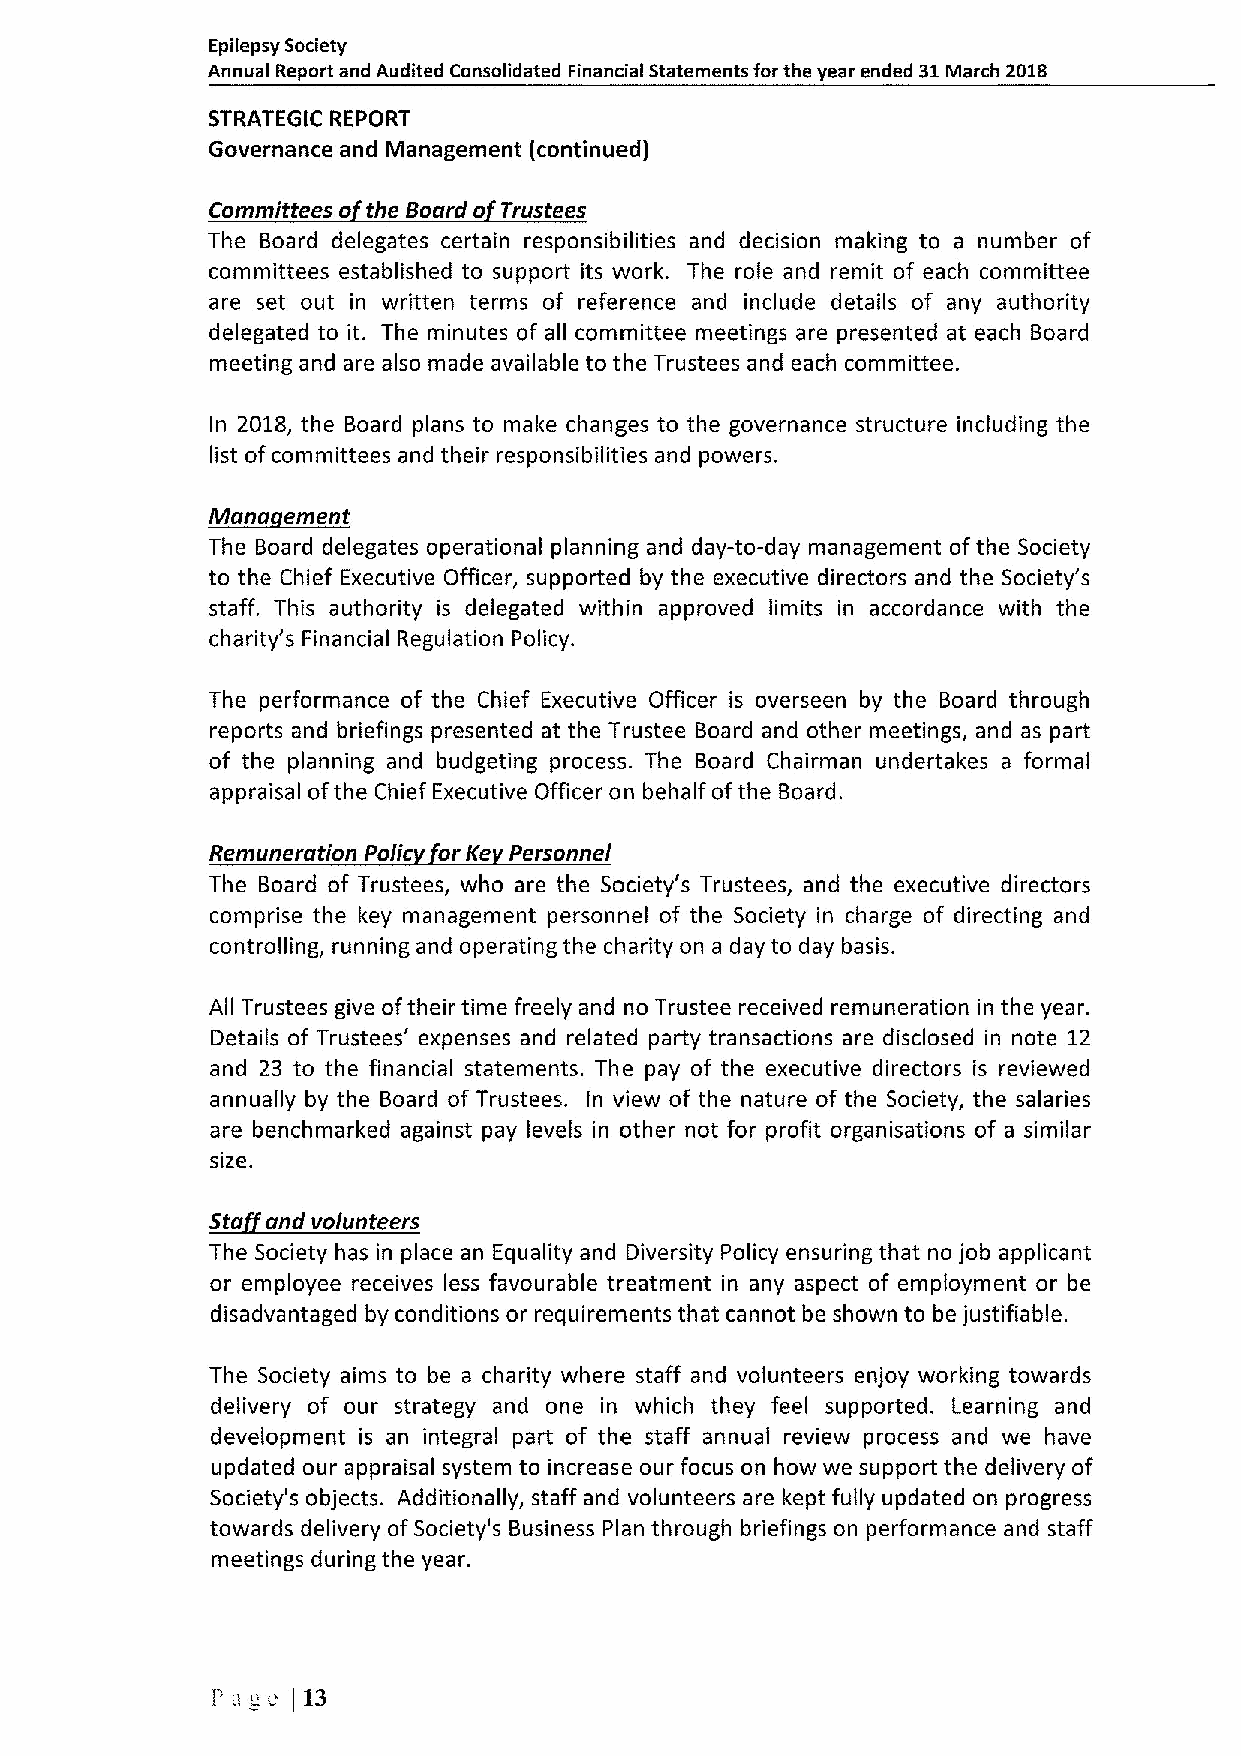
Epilepsy Society
 Annual Report and Audited Consolidated Financial Statements for the year ended 31March 2018
 STRATEGIC REPORT
 Governance and Management (continued)
 Committees o the Board o Trustees
 The Board delegates certain responsibilities and decision making to a number of
 committees established to support its work. The role and remit of each committee
 are set out in written terms of reference and include details of any authority
 delegated to it. The minutes of all committee meetings are presented at each Board
 meeting and are also made available to the Trustees and each committee.
 In 201B,the Board plans to make changes to the governance structure including the
 list ofcommittees and their responsibilities and powers.
 ~M
 The Board delegates operational planning and day-to-day management ofthe Society
 to the Chief Executive Officer, supported by the executive directors and the Society's
 staff. This authority is delegated within approved limits in accordance with the
 charity's Financial Regulation Policy.
 The performance of the Chief Executive Officer is overseen by the Board through
 reports and briefings presented at the Trustee Board and other meetings, and as part
 of the planning and budgeting process. The Board Chairman undertakes a formal
 appraisal ofthe Chief Executive Officer on behalf ofthe Board.
 Remuneration Polic or Ke Personnel
 The Board of Trustees, who are the Society's Trustees, and the executive directors
 comprise the key management personnel of the Society in charge of directing and
 controlling, running and operating the charity on a day to day basis.
 All Trustees give oftheir time freely and no Trustee received remuneration in the year.
 Details of Trustees' expenses and related party transactions are disclosed in note 12
 and 23 to the financial statements. The pay of the executive directors is reviewed
 annually by the Board of Trustees. In view of the nature of the Society, the salaries
 are benchmarked against pay levels in other not for profit organisations of a similar
 size.
 The Society has in place an Equality and Diversity Policy ensuring that no job applicant
 or employee receives less favourable treatment in any aspect of employment or be
 disadvantaged by conditions or requirements that cannot be shown to be justifiable.
 The Society aims to be a charity where staff and volunteers enjoy working towards
 delivery of our strategy and one in which they feel supported. Learning and
 development is an integral part of the staff annual review process and we have
 updated our appraisal system to increase our focus on how we support the delivery of
 Society's objects. Additionally, staff and volunteers are kept fully updated on progress
 towards delivery ofSociety's Business Plan through briefings on performance and staff
 meetings during the year.
 Pu„c
 i13